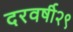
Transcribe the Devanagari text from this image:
दरवर्षी२९